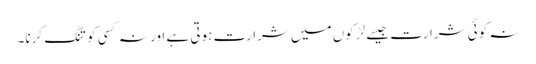
نہ کوئی شرارت جیسے لڑکوں میں شرارت ہوتی ہے اور نہ کسی کو تنگ کرنا۔